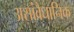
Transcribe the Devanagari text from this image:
असांवैधानिक